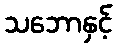
သဘောနှင့်